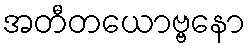
အတီတယောဗ္ဗနော